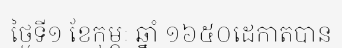
ថ្ងៃទី១ ខែកុម្ភៈ ឆ្នាំ ១៦៥០ដេកាតបាន